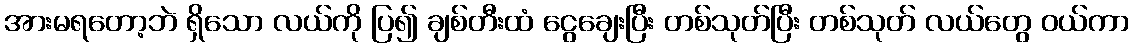
အားမရတော့ဘဲ ရှိသော လယ်ကို ပြ၍ ချစ်တီးထံ ငွေချေးပြီး တစ်သုတ်ပြီး တစ်သုတ် လယ်တွေ ဝယ်ကာ